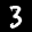
Label: 3